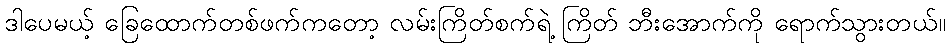
ဒါပေမယ့် ခြေထောက်တစ်ဖက်ကတော့ လမ်းကြိတ်စက်ရဲ့ ကြိတ် ဘီးအောက်ကို ရောက်သွားတယ်။